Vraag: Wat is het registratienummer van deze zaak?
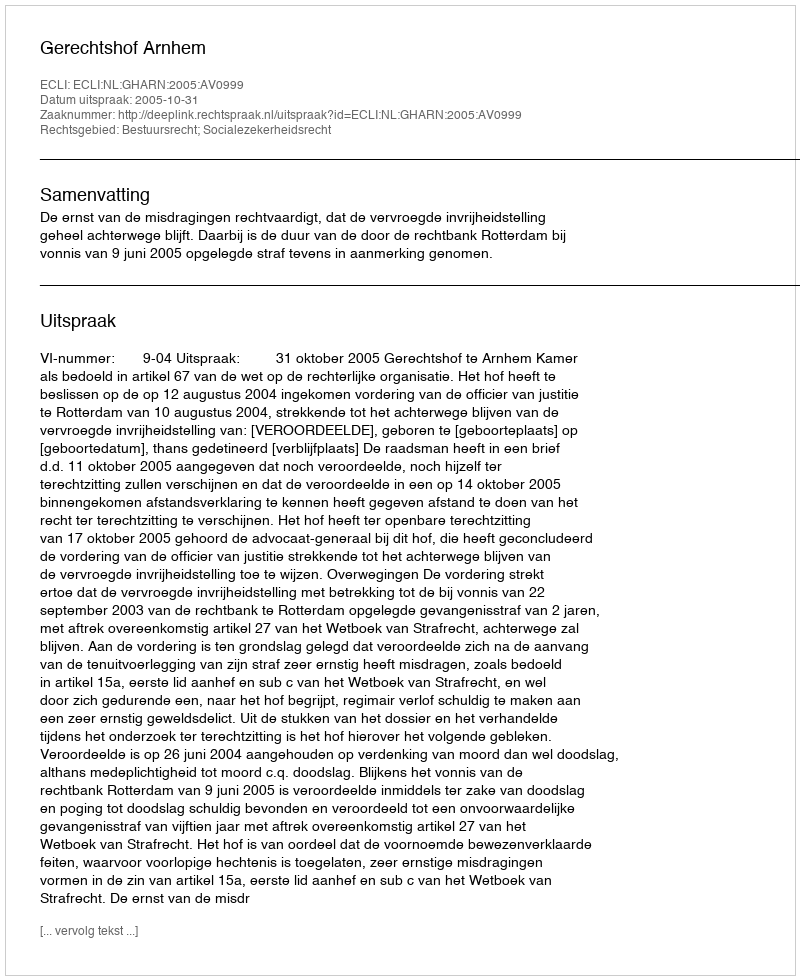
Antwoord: http://deeplink.rechtspraak.nl/uitspraak?id=ECLI:NL:GHARN:2005:AV0999